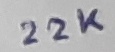
Text: 22K